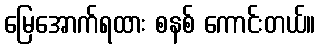
မြေအောက်ရထား စနစ် ကောင်းတယ်။